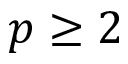
p \ge 2